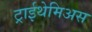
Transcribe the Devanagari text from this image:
ट्राईथेमिअस